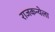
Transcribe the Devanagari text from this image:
राजकन्येला